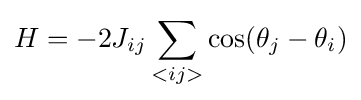
H=-2J_{ij}\sum _{<ij>}\cos(\theta _{j}-\theta _{i})